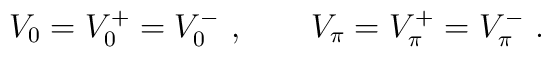
V_{0}=V_{0}^{+}=V_{0}^{-}\ ,\qquad V_{\pi}=V_{\pi}^{+}=V_{\pi}^{-}\ .